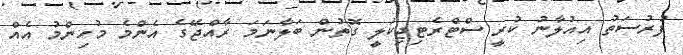
ފުރުސަތު އިއުލާނު ކުރީ ސްޓްރެޓިޖިކަލީ ގޮތުން ބަލާނަމަ ރާއްޖޭގެ އެންމެ މުހިންމު އެއް